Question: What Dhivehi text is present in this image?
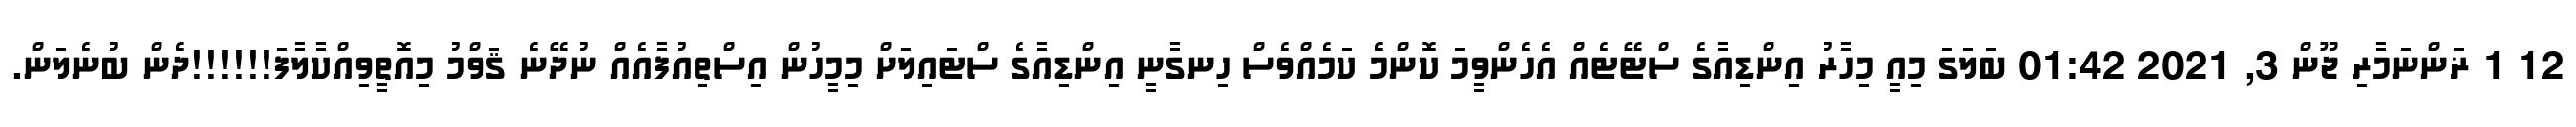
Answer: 12 1 ޜަންނަމާރި ޖޫން 3, 2021 01:42 ބަލަގަ މިއީ މިހާރު އިންޑިއާގެ ސްޓޭޓެއް އެހެންވީމަ ކޮންމެ ކަމެއްވެސް ހިނގާނީ އިންޑިއާގެ ސްޓައިލަށް މިމީހުން އިސްތިއުފާއެއް ނުދޭނެ ޤަވްމު މިއޮތީވިއްކާލާފަ!!!!!!ދެން ބުނެލަން.